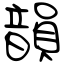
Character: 韻